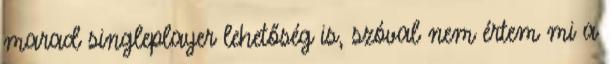
marad singleplayer lehetőség is, szóval nem értem mi a